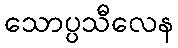
သောပ္ပသီလေန